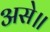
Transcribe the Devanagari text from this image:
असे॥